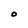
Character: O